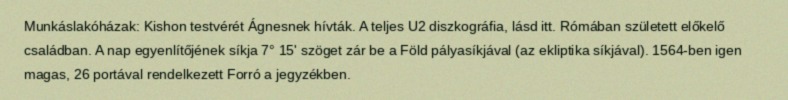
Munkáslakóházak: Kishon testvérét Ágnesnek hívták. A teljes U2 diszkográfia, lásd itt. Rómában született előkelő családban. A nap egyenlítőjének síkja 7° 15' szöget zár be a Föld pályasíkjával (az ekliptika síkjával). 1564-ben igen magas, 26 portával rendelkezett Forró a jegyzékben.